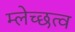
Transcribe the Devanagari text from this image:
म्लेच्छत्व